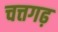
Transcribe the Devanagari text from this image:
चत्तगढ़